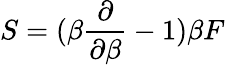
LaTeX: S=(\beta{\frac{\partial}{\partial\beta}}-1)\beta F